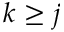
k \geq j